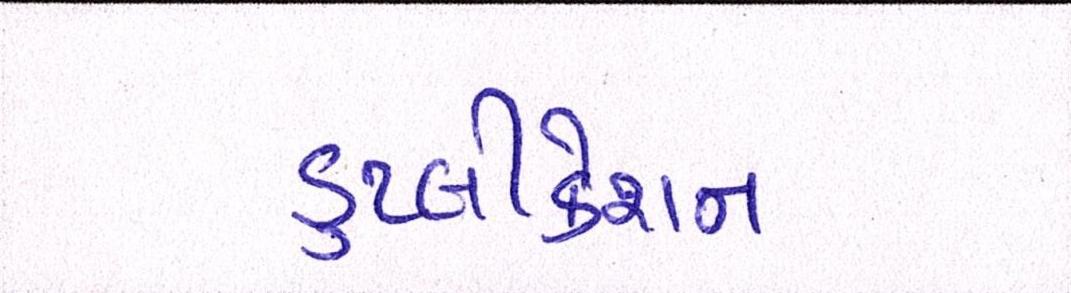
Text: ડુપ્લીકેશન